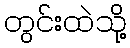
တွင်းထဲသို့